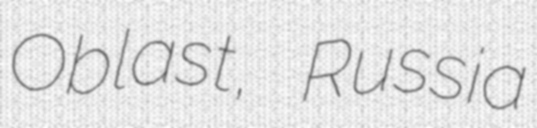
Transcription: Oblast, Russia